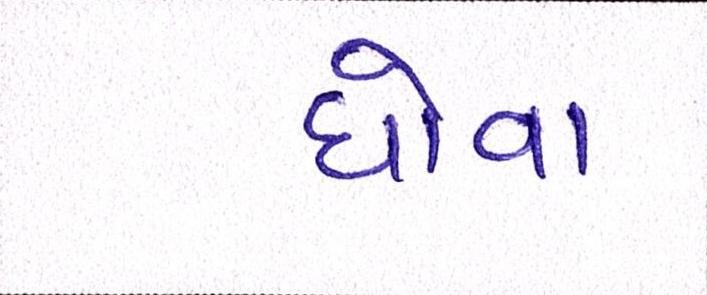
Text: ધોવા